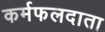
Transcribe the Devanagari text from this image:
कर्मफलदाता